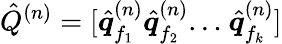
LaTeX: \hat{Q}^{(n)}=[\hat{\boldsymbol q}_{f_{1}}^{(n)}\hat{\boldsymbol q}_{f_{2}}^{(n)}{\dots}~\hat{\boldsymbol q}_{f_{k}}^{(n)}]